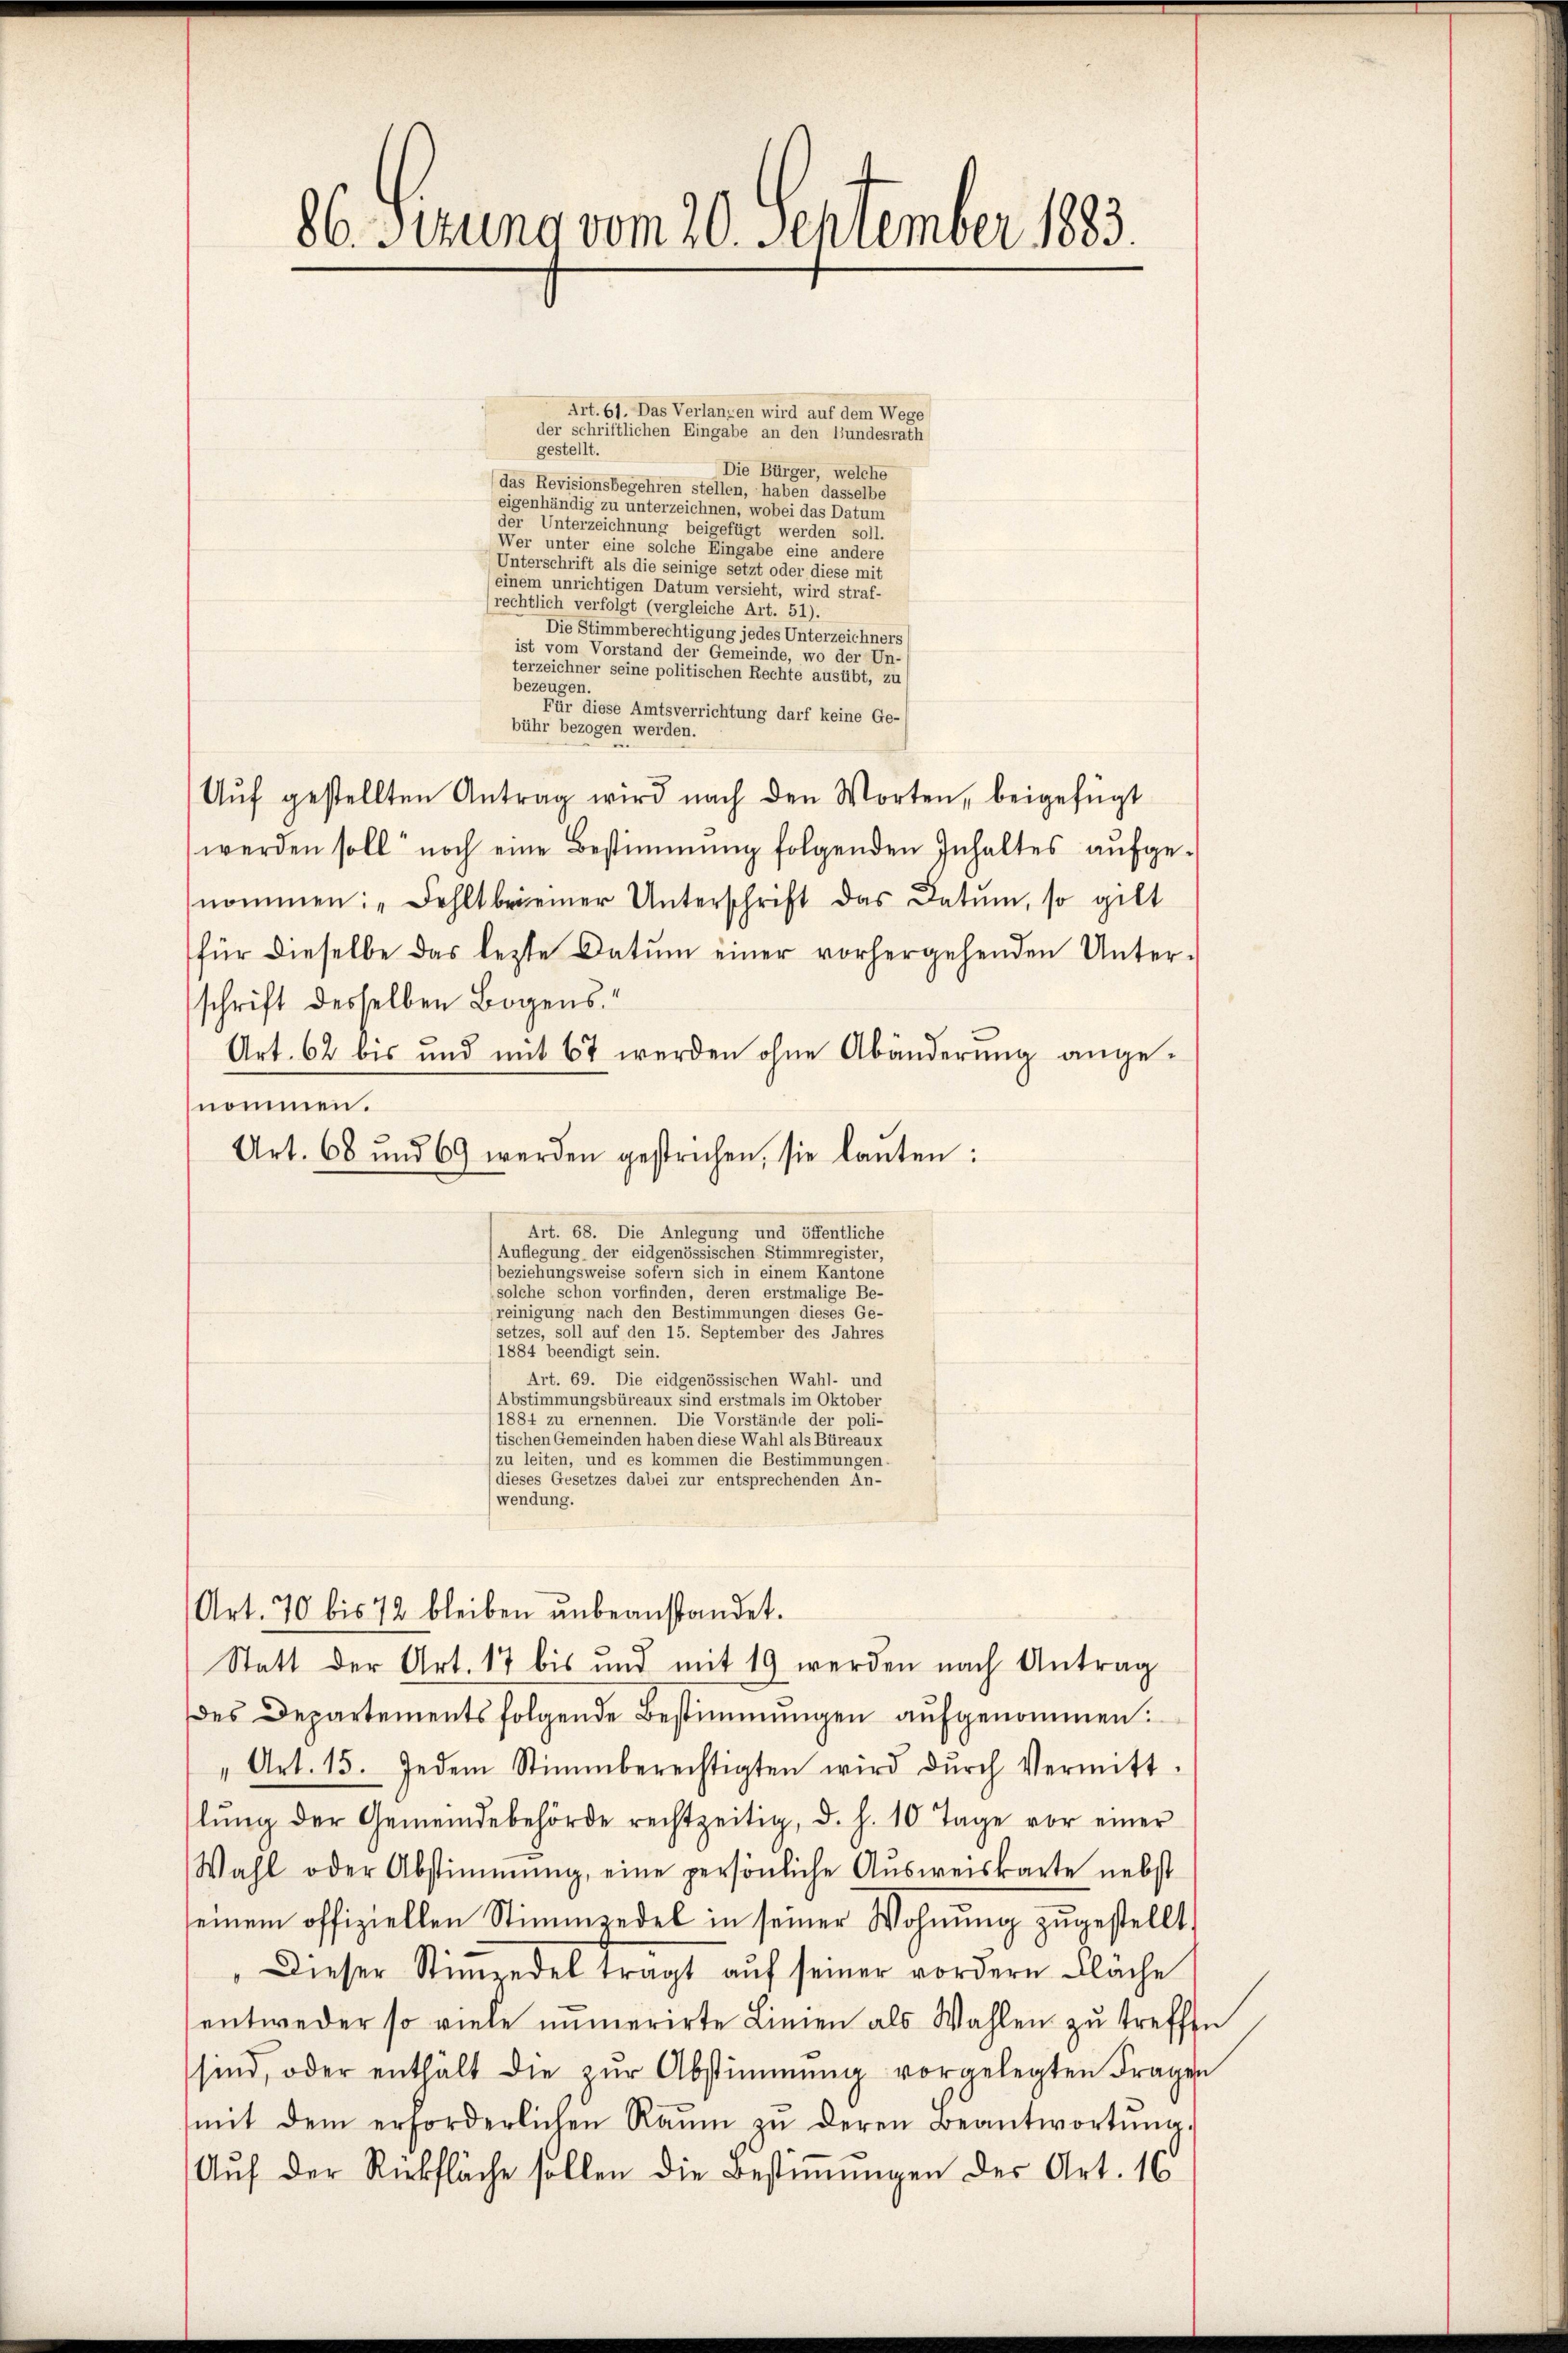
86. Sepuno vom 20. September 1833.

Art. 61. Das Verlangen wird auf dem Wege
der schriftlichen Eingabe an den Bundesrath
gestellt.
Die Bürger, welche
das Revisionsbegehren stellen, haben dasselbe
eigenhändig zu unterzeichnen, wobei das Datum
der Unterzeichnung beigefügt werden soll.
Wer unter eine solche Eingabe eine andere
Unterschrift als die seinige setzt oder diese mit
(einem unrichtigen Datum versieht, wird straf-
(rechtlich verfolgt (vergleiche Art. 51).
Die Stimmberechtigung jedes Unterzeichners
ist vom Vorstand der Gemeinde, wo der Un-
terzeichner seine politischen Rechte ausübt, zu
bezeugen.
Für diese Amtsverrichtung darf keine Ge-
bühr bezogen werden.
Aŭf gestellten Antrag wird nach den Worten, beigefügt
werden soll noch eine Bestimmung folgenden Inhaltes aufgenommen: "Fehlt beieiner Unterschrift das Datum, so gilt
für dieselbe das lezte Datum einer vorhergehenden Unter-
schrift desselben Bogens
Art. 62 bis und mit 67 werden ohne Abänderung angenommen.
beziehungsweise sofern sich in einem Kantone
solche schon vorfinden, deren erstmalige Be-
reinigung nach den Bestimmungen dieses Ge-
setzes, soll auf den 15. September des Jahres
1884 beendigt sein.
Art. 69. Die eidgenössischen Wahl- und
Abstimmungsbüreaux sind erstmals im Oktober
1884 zu ernennen. Die Vorstände der poli-
tischen Gemeinden haben diese Wahl als Büreaux
zu leiten, und es kommen die Bestimmungen.
dieses Gesetzes dabei zur entsprechenden An-
(wendung.
Art. 70 bis 72 bleiben unbeanstandet.
Statt der Art. 17 bis und mit 19 werden nach Antrag
des Departementsfolgende Bestimmungen aufgenommen:
Art. 15. Jedem Stimmberechtigten wird dŭrch Vermitt-
lŭng der Gemeindebehörde rechtzeitig, d. h. 10 Tage vor einer
Wahl oder Abstimmung, eine persönliche Aŭsweiskarte nebst
seinem offiziellen Stimmzedel in seiner Wohnŭng zugestellt,
Dieser Stimmzedel trägt auf seiner vordern Flache
entweder so viele numerirte Linien als Wahlen zŭ treffen
sind, oder enthält die zŭr Abstimmung vorgelegten Fragen
mit dem erforderlichen Raŭm zŭ deren Beantwortŭng.
Auf der Rickfläche sollen die Bestimmungen des Art. 16

Art. 68 und 69 werden gestrichen, sie lanten:

Art. 68. Die Anlegung und öffentliche
Auflegung der eidgenössischen Stimmregister,